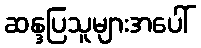
ဆန္ဒပြသူများအပေါ်